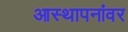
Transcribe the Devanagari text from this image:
आस्‍थापनांवर